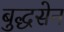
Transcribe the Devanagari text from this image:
बुद्धसेन